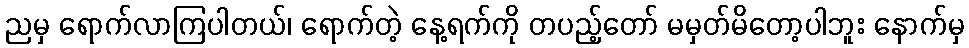
ညမှ ရောက်လာကြပါတယ်၊ ရောက်တဲ့ နေ့ရက်ကို တပည့်တော် မမှတ်မိတော့ပါဘူး နောက်မှ